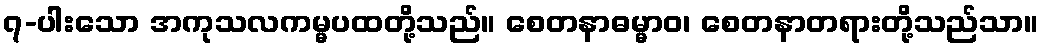
၇-ပါးသော အကုသလကမ္မပထတို့သည်။ စေတနာဓမ္မာဝ၊ စေတနာတရားတို့သည်သာ။